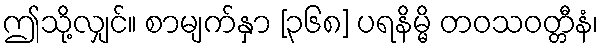
ဤသို့လျှင်။ စာမျက်နှာ [၃၆၈] ပရနိမ္မိ တဝသဝတ္တီနံ၊